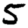
Digit: 5